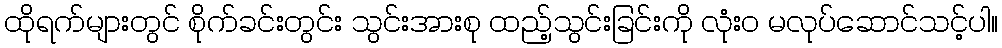
ထိုရက်များတွင် စိုက်ခင်းတွင်း သွင်းအားစု ထည့်သွင်းခြင်းကို လုံးဝ မလုပ်ဆောင်သင့်ပါ။